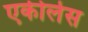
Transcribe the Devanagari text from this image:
एकीलेस